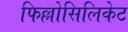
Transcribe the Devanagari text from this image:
फिल्लोसिलिकेट